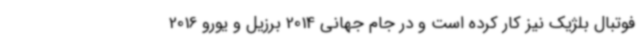
فوتبال بلژیک نیز کار کرده است و در جام جهانی 2014 برزیل و یورو 2016